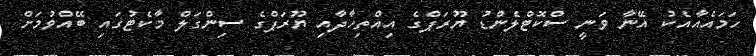
ހަމައެއާއެކު އޭނާ ވަނީ ސްކޮޓްލެންޑު ޔޫރަޕްގެ އިއްތިހާދާއި ޔޫރަޕްގެ ސިންގަލް މާކެޓުގައި ބޭއްވުމަށް